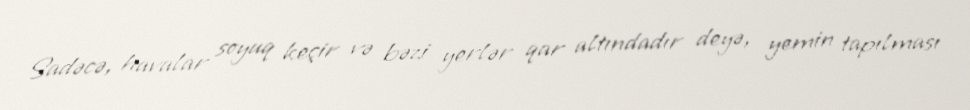
Sadəcə, havalar soyuq keçir və bəzi yerlər qar altındadır deyə, yemin tapılması